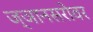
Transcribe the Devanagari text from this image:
ज्ञानसरोवर